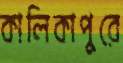
কালিকাপুরে